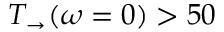
T _ { \rightarrow } ( \omega = 0 ) > 5 0 \